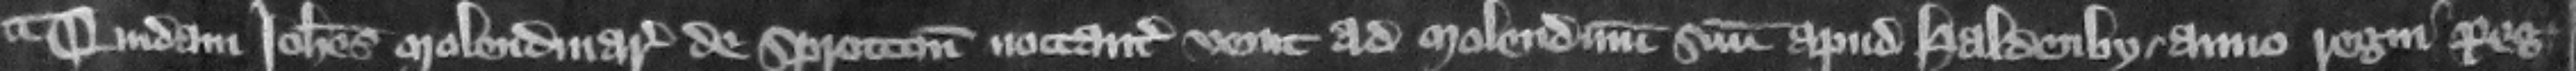
Quidam Iohannes molendinarius de Sprotton noctanter venit ad molendinum suum apud Haldenby. anno regni regis